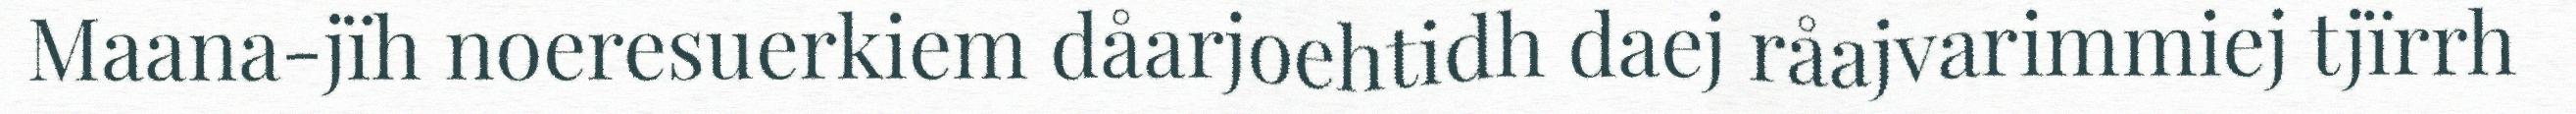
Maana-jïh noeresuerkiem dåarjoehtidh daej råajvarimmiej tjïrrh